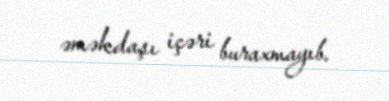
əməkdaşı içəri buraxmayıb.